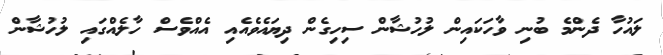
ލައުހާ ދެންމެ ބުނި ވާހަކައިން ލުހުޝާން ސިހިގެން ދިޔައެވެއެއި އެއްވެސް ހާލެއްގައި ލުހުޝާން